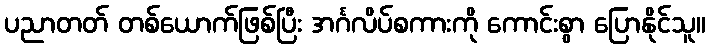
ပညာတတ် တစ်ယောက်ဖြစ်ပြီး အင်္ဂလိပ်စကားကို ကောင်းစွာ ပြောနိုင်သူ။